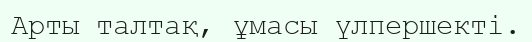
Арты талтақ, ұмасы үлпершекті.